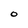
Character: O